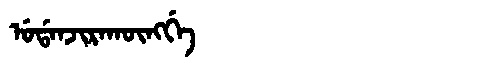
Manchu: ᡠᡩᠠᠨᠵᡳᡵᠠᡴᡡᠩᡤᡝ
Romanization: UDANJIRAKŪNGGE